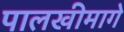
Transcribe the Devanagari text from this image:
पालखीमागे